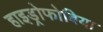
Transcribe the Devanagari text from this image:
हाइड्रोफोबिया